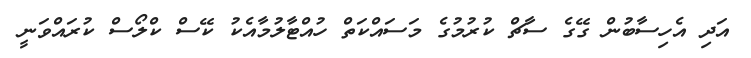
އަދި އެހިސާބުން ގޭގެ ސާޗް ކުރުމުގެ މަސައްކަތް ހުއްޓާލުމާއެކު ކޭސް ކްލޯސް ކުރައްވަނީ